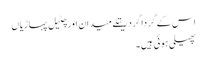
اس کے گردا گرد ریتلے میدان اور چٹیل پہاڑیاں
پھیلی ہوئی ہیں ۔